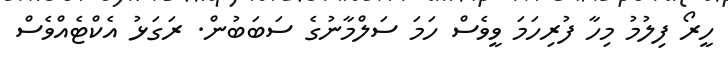
ހީރޯ ފިލުމު މިހާ ފުރިހަމަ ވީވެސް ހަމަ ސަލްމާނުގެ ސަބަބުން. ރަގަޅު އެކްޓެއްވެސް